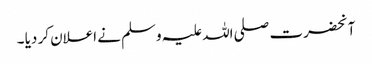
آنحضرت صلی اللہ علیہ وسلم نے اعلان کر دیا ۔